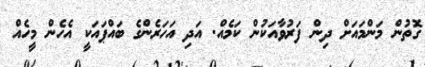
ގޮތުން މަންމައަށް ދިން ފަރުވާއަކުން ކަމެއް. އަދި އަހަރެންގެ ބައްޕައަކީ އެހެން މީހެއް